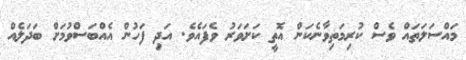
މައްސަލަތައް ވެސް ކުރިމަތިވާނެކަން އޮތީ ކަށަވަރު ވެފައެވެ. އަދި ފަހުން އެއްބަސްވުމަށް ބަދަލެއް